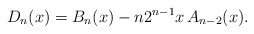
\begin{align*}D_{n}(x)=B_{n}(x)-n2^{n-1}x\,A_{n-2}(x).\end{align*}